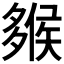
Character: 𡗁